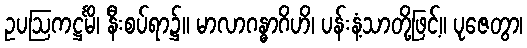
ဥပဩကဋ္ဌင်္မိ၊ နီးစပ်ရာ၌။ မာလာဂန္ဓာဂိဟိ၊ ပန်းနံ့သာတို့ဖြင့်။ ပုဇေတွာ၊